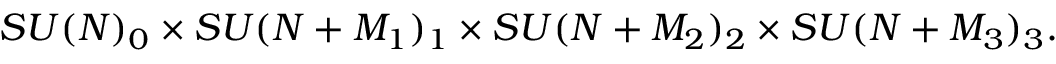
S U ( N ) _ { 0 } \times S U ( N + M _ { 1 } ) _ { 1 } \times S U ( N + M _ { 2 } ) _ { 2 } \times S U ( N + M _ { 3 } ) _ { 3 } .